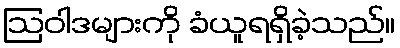
ဩဝါဒများကို ခံယူရရှိခဲ့သည်။